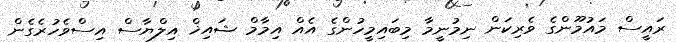
ރައީސް މައުމޫންގެ ވެރިކަން ނިމުނީމާ މިބައިމީހުންގެ އެއް އިމާމް ޝައިޚް އިލްޔާސް އިސްވެހުރެގެން